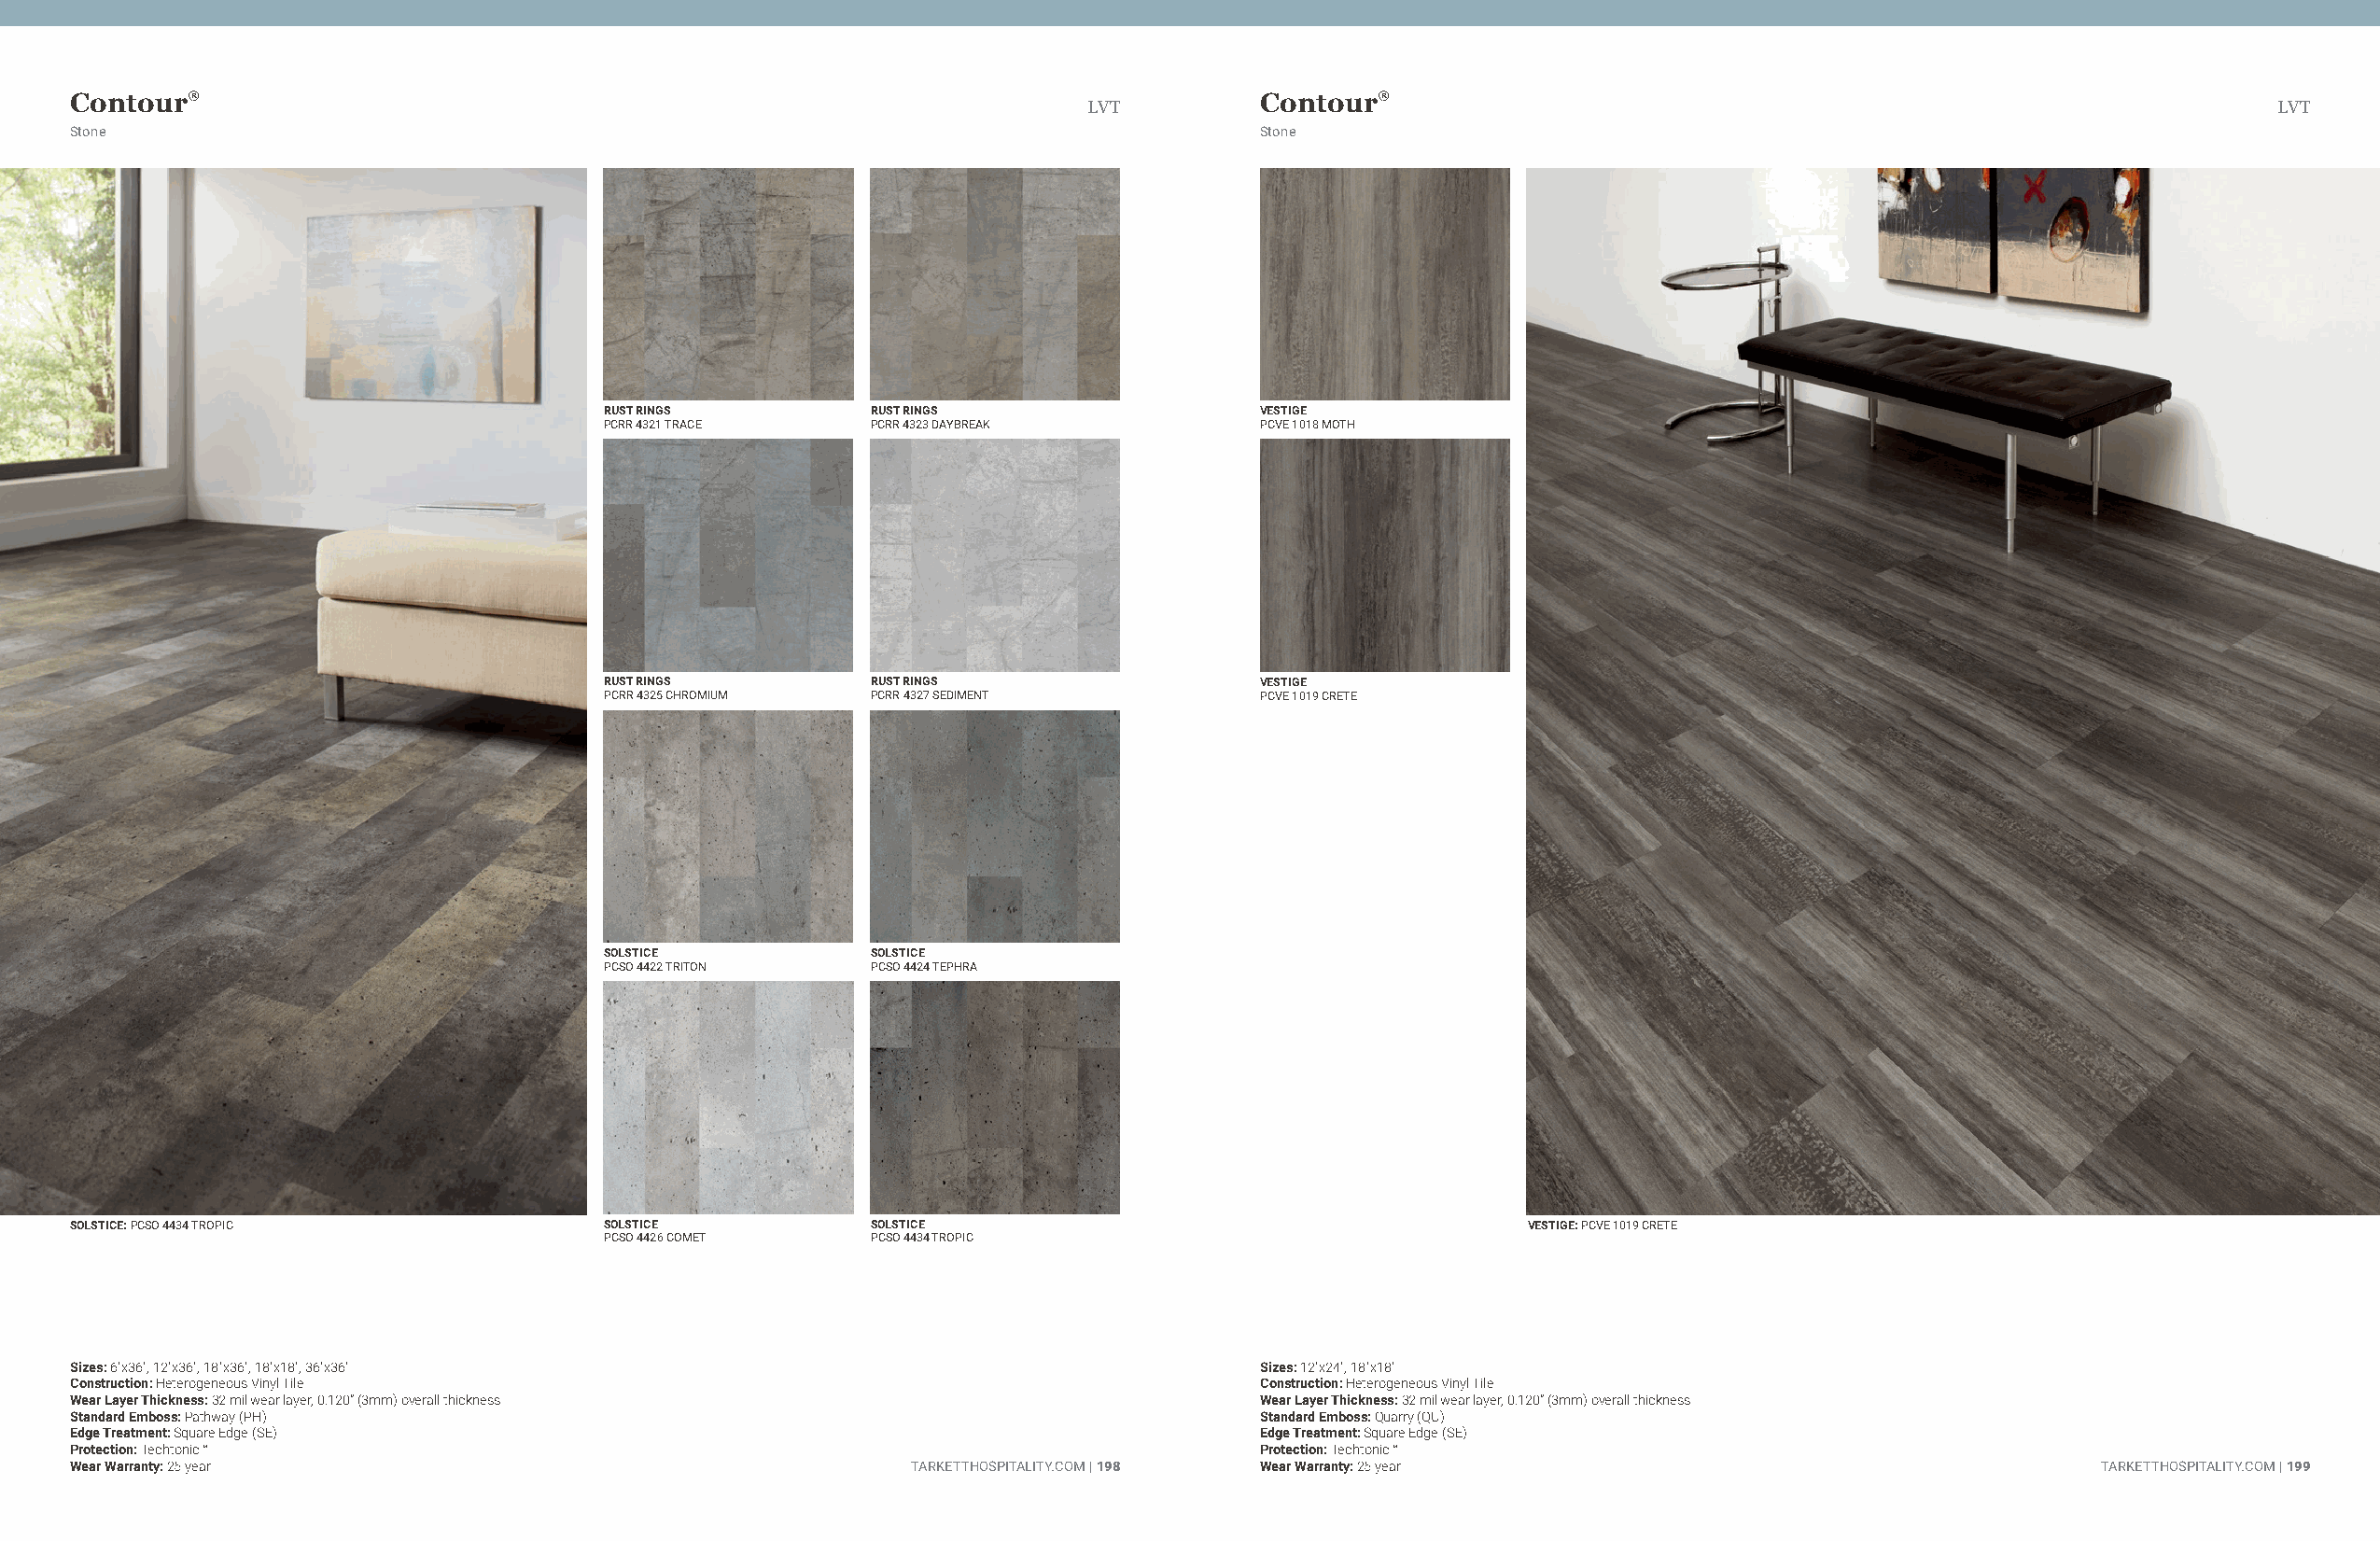
Contour®                                                                            Contour®
 LVT                                                                                  LVT
 Stone                                                                               Stone
 RUST RINGS         RUST RINGS                 VESTIGE
 PCRR 4321 TRACE    PCRR 4323 DAYBREAK         PCVE 1018 MOTH
 RUST RINGS         RUST RINGS                 VESTIGE
 PCRR 4325 CHROMIUM PCRR 4327 SEDIMENT         PCVE 1019 CRETE
 SOLSTICE           SOLSTICE
 PCSO 4422 TRITON   PCSO 4424 TEPHRA
 SOLSTICE: PCSO 4434 TROPIC            SOLSTICE           SOLSTICE                                      VESTIGE: PCVE 1019 CRETE
 PCSO 4426 COMET    PCSO 4434 TROPIC
 Sizes: 6"x36", 12"x36", 18"x36", 18"x18", 36"x36"                                   Sizes: 12"x24", 18"x18"
 Construction: Heterogeneous Vinyl Tile                                              Construction: Heterogeneous Vinyl Tile
 Wear Layer Thickness: 32 mil wear layer, 0.120” (3mm) overall thickness             Wear Layer Thickness: 32 mil wear layer, 0.120” (3mm) overall thickness
 Standard Emboss: Pathway (PH)                                                       Standard Emboss: Quarry (QU)
 Edge Treatment: Square Edge (SE)                                                    Edge Treatment: Square Edge (SE)
 Protection: Techtonic™                                                              Protection: Techtonic™
 Wear Warranty: 25 year                                      TARKETTHOSPITALITY.COM | 198 Wear Warranty: 25 year                                 TARKETTHOSPITALITY.COM | 199